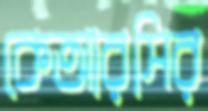
কেআরসির